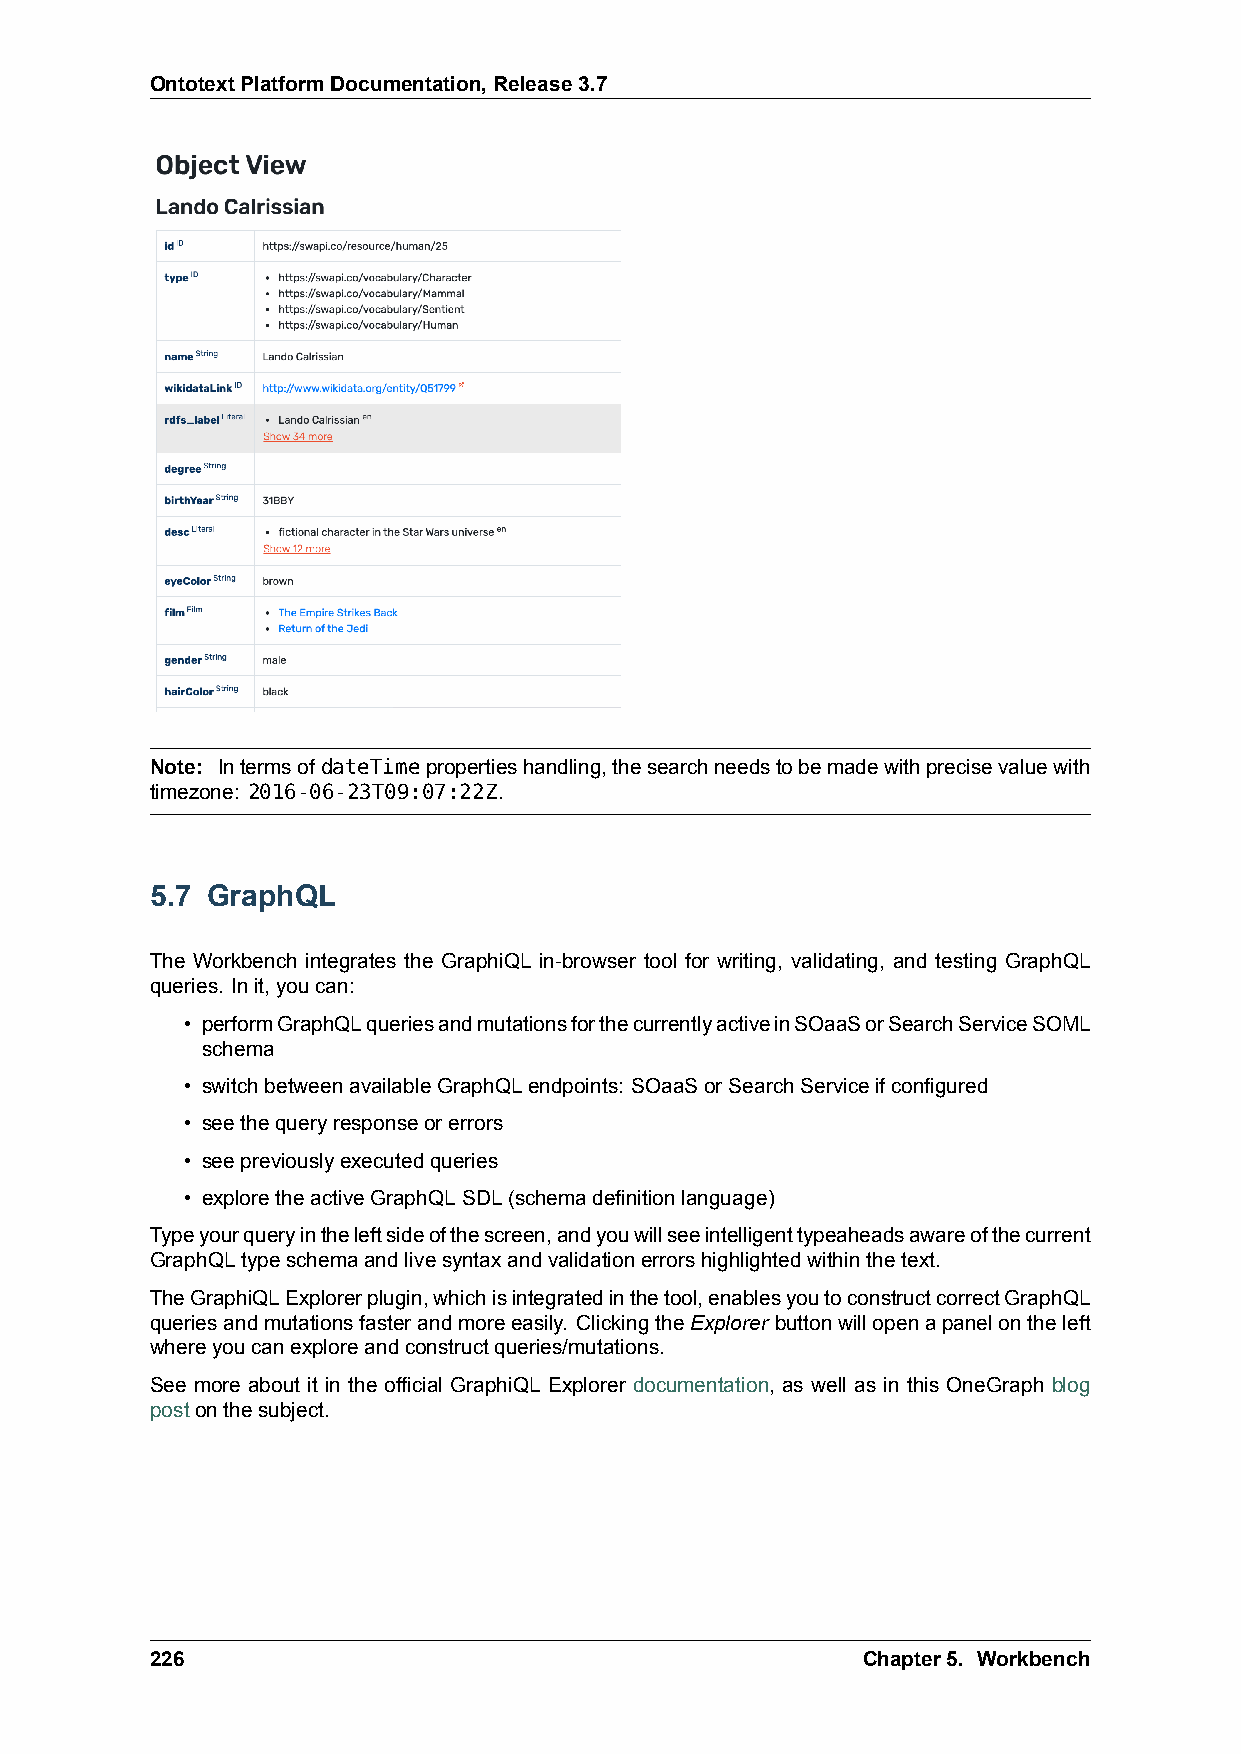
OntotextPlatformDocumentation,Release3.7
 Note: IntermsofdateTimepropertieshandling,thesearchneedstobemadewithprecisevaluewith
 timezone: 2016-06-23T09:07:22Z.
 5.7 GraphQL
 The Workbench integrates the GraphiQL in-browser tool for writing, validating, and testing GraphQL
 queries. Init,youcan:
 • performGraphQLqueriesandmutationsforthecurrentlyactiveinSOaaSorSearchServiceSOML
 schema
 • switchbetweenavailableGraphQLendpoints: SOaaSorSearchServiceifconfigured
 • seethequeryresponseorerrors
 • seepreviouslyexecutedqueries
 • exploretheactiveGraphQLSDL(schemadefinitionlanguage)
 Typeyourqueryintheleftsideofthescreen,andyouwillseeintelligenttypeaheadsawareofthecurrent
 GraphQLtypeschemaandlivesyntaxandvalidationerrorshighlightedwithinthetext.
 TheGraphiQLExplorerplugin,whichisintegratedinthetool,enablesyoutoconstructcorrectGraphQL
 queriesandmutationsfasterandmoreeasily. ClickingtheExplorer buttonwillopenapanelontheleft
 whereyoucanexploreandconstructqueries/mutations.
 See more about it in the official GraphiQL Explorer documentation, as well as in this OneGraph blog
 postonthesubject.
 226                                            Chapter5. Workbench